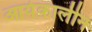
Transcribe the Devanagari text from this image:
आर्यकालीन